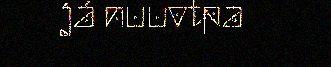
já nuuvtpa